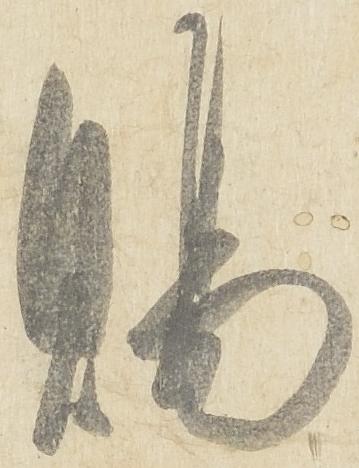
賜